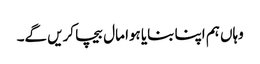
وہاں ہم اپنا بنایا ہوا مال بیچا کریں گے۔